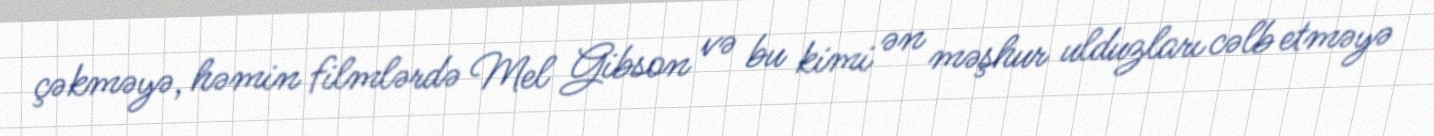
çəkməyə, həmin filmlərdə Mel Gibson və bu kimi ən məşhur ulduzları cəlb etməyə